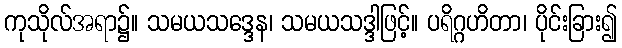
ကုသိုလ်အရာ၌။ သမယသဒ္ဒေန၊ သမယသဒ္ဒါဖြင့်။ ပရိဂ္ဂဟိတာ၊ ပိုင်းခြား၍